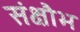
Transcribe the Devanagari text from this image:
संक्षौभ